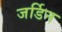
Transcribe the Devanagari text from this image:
जर्डिन